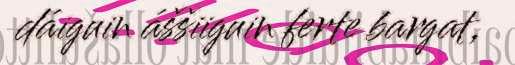
dáiguin áššiiguin ferte bargat,